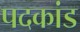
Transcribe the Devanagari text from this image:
पदकांड